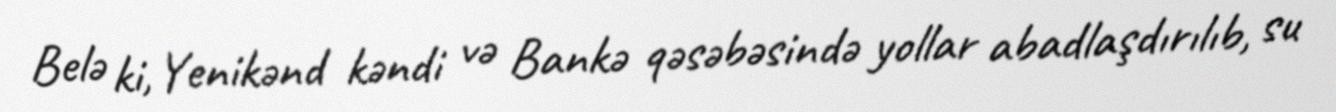
Belə ki, Yenikənd kəndi və Bankə qəsəbəsində yollar abadlaşdırılıb, su